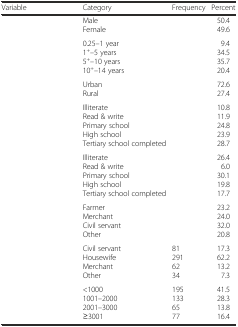
<table><thead><tr><td><b>Variable</b></td><td><b>Category</b></td><td><b>Frequency</b></td><td><b>Percent</b></td></tr></thead><tbody><tr><td>[EMPTY_CELL]</td><td>Male Female</td><td>[EMPTY_CELL]</td><td>50.4 49.6</td></tr><tr><td>[EMPTY_CELL]</td><td>0.25–1 year 1<sup>+</sup>–5 years 5<sup>+</sup>–10 years 10<sup>+</sup>–14 years</td><td>[EMPTY_CELL]</td><td>9.4 34.5 35.7 20.4</td></tr><tr><td>[EMPTY_CELL]</td><td>Urban Rural</td><td>[EMPTY_CELL]</td><td>72.6 27.4</td></tr><tr><td>[EMPTY_CELL]</td><td>Illiterate Read &amp; write Primary school High school Tertiary school completed</td><td>[EMPTY_CELL]</td><td>10.8 11.9 24.8 23.9 28.7</td></tr><tr><td>[EMPTY_CELL]</td><td>Illiterate Read &amp; write Primary school High school Tertiary school completed</td><td>[EMPTY_CELL]</td><td>26.4 6.0 30.1 19.8 17.7</td></tr><tr><td>[EMPTY_CELL]</td><td>Farmer Merchant Civil servant Other</td><td>[EMPTY_CELL]</td><td>23.2 24.0 32.0 20.8</td></tr><tr><td>[EMPTY_CELL]</td><td>Civil servant Housewife Merchant Other</td><td>81 291 62 34</td><td>17.3 62.2 13.2 7.3</td></tr><tr><td>[EMPTY_CELL]</td><td>&lt;1000 1001–2000 2001–3000 ≥3001</td><td>195 133 65 77</td><td>41.5 28.3 13.8 16.4</td></tr></tbody></table>